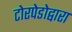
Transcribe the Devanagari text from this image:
टोरपेडोद्वारा